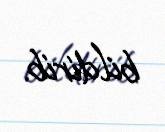
bildirib.